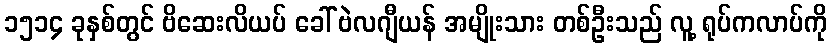
၁၅၁၄ ခုနှစ်တွင် ဗိဆေးလိယပ် ခေါ် ဗဲလဂျီယန် အမျိုးသား တစ်ဦးသည် လူ့ ရုပ်ကလာပ်ကို